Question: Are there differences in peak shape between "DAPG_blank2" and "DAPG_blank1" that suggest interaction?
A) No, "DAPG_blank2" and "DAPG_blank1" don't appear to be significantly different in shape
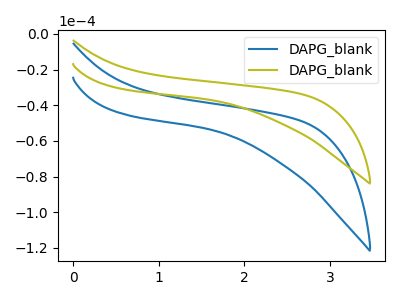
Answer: <think>The blue curve "DAPG_blank1" has no peaks. The olive curve "DAPG_blank2" has no peaks.
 Neither "DAPG_blank2" or "DAPG_blank1" have any peaks.</think>
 <answer>A) No, "DAPG_blank2" and "DAPG_blank1" don't appear to be significantly different in shape</answer>
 <eval>A</eval>